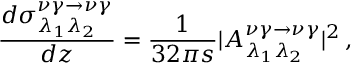
\frac { d { \sigma } _ { \lambda _ { 1 } \lambda _ { 2 } } ^ { \nu \gamma \to \nu \gamma } } { d z } = \frac { 1 } { 3 2 \pi s } | { \cal A } _ { \lambda _ { 1 } \lambda _ { 2 } } ^ { \nu \gamma \to \nu \gamma } | ^ { 2 } \, ,